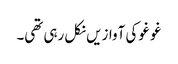
غو غو کی آوازیں نکل رہی تھی۔